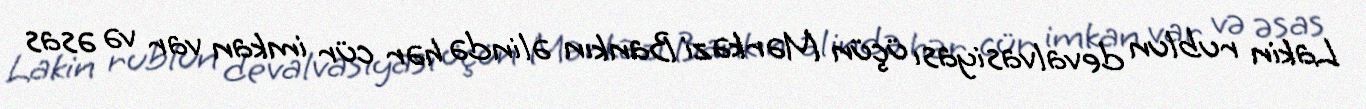
Lakin rublun devalvasiyası üçün Mərkəzi Bankın əlində hər cür imkan var və əsas